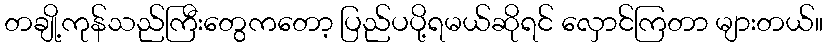
တချို့ကုန်သည်ကြီးတွေကတော့ ပြည်ပပို့ရမယ်ဆိုရင် လှောင်ကြတာ များတယ်။